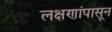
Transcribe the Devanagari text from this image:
लक्षणांपासून